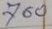
760